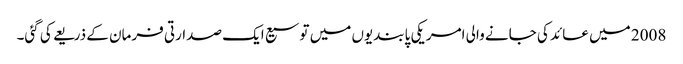
2008 میں عائد کی جانے والی امریکی پابندیوں میں توسیع ایک صدارتی فرمان کے ذریعے کی گئی۔